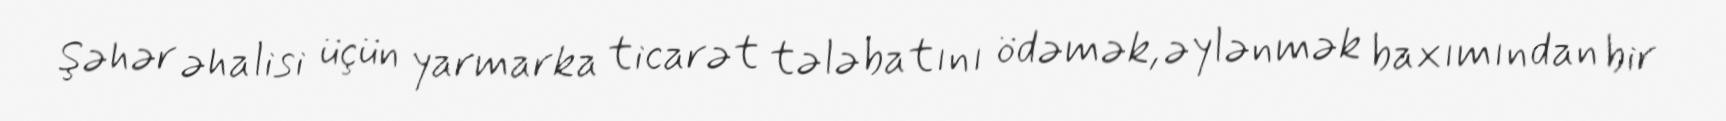
Şəhər əhalisi üçün yarmarka ticarət tələbatını ödəmək, əylənmək baxımından bir